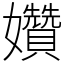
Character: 㜺